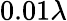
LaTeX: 0.01\lambda